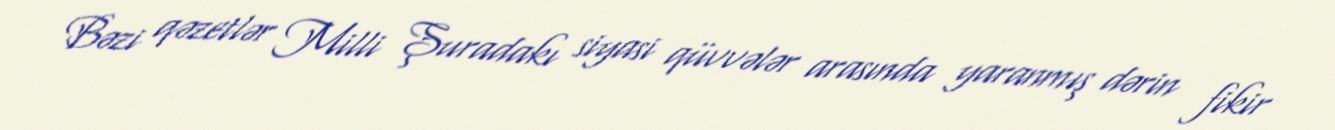
Bəzi qəzetlər Milli Şuradakı siyasi qüvvələr arasında yaranmış dərin fikir